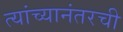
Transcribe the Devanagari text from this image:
त्यांच्यानंतरची